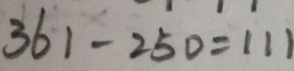
3 6 1 - 2 5 0 = 1 1 1